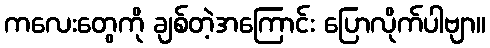
ကလေးတွေကို ချစ်တဲ့အကြောင်း ပြောလိုက်ပါဗျာ။